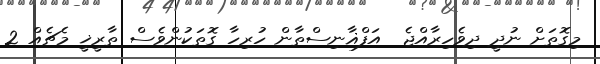
މިގޮތަށް ނުދީ ދިވެހިރާއްޖެ  އަފްޣާނިސްތާން ހުރިހާ ގޮތަކުންވެސް ތާރީޚީ މެޗެއް 2